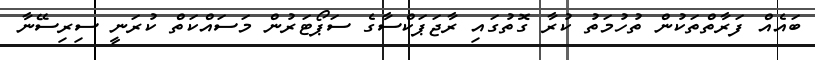
ބައެއް ފަރާތްތަކުން ތުހުމަތު ކުރާ ގޮތުގައި ރާޖަޕަކްސާގެ ސަޕޯޓަރުން މަސައްކަތް ކުރަނީ ސިރިސޭނާ